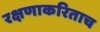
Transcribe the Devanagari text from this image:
रक्षणाकरिताच